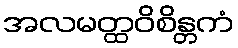
အလမတ္ထဝိစိန္တကံ